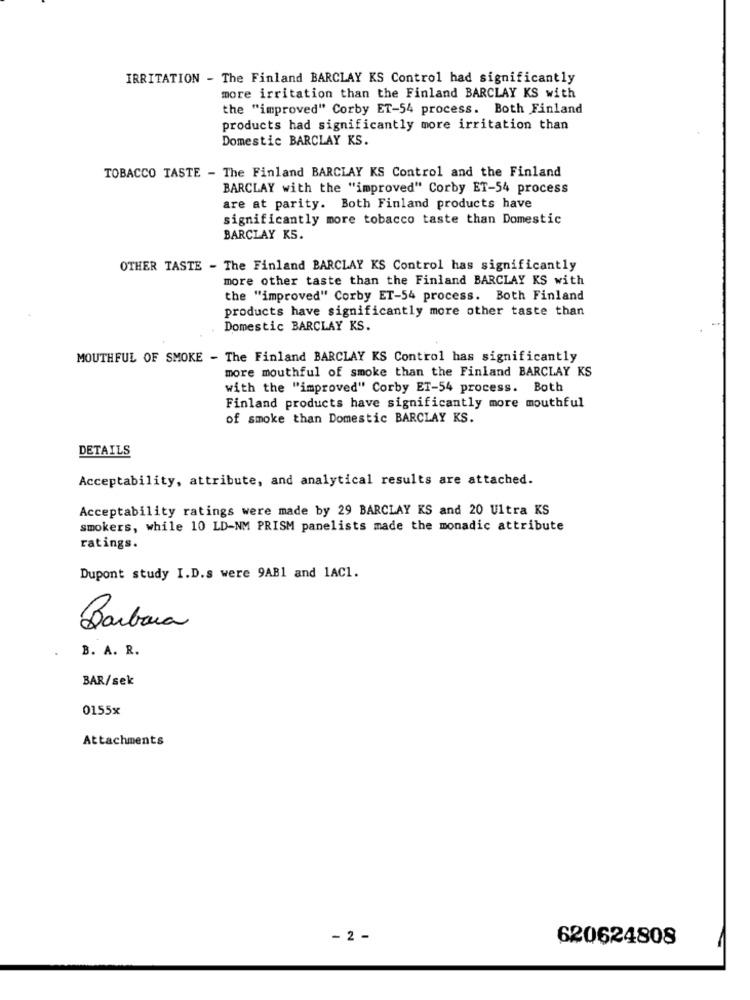
IRRITATION - The Finland BARCLAY KS Control had significantly
more irritation than the Finland BARCLAY KS with
the "improved" Corby ET-54 process. Both Finland
products had significantly more irritation than
Domestic BARCLAY KS.
TOBACCO TASTE - The Finland BARCLAY KS Control and the Finland
BARCLAY with the "improved" Corby ET-54 process
are at parity. Both Finland products have
significantly more tobacco taste than Domestic
BARCLAY KS.
OTHER TASTE - The Finland BARCLAY KS Control has significantly
more other taste than the Finland BARCLAY KS with
the "improved" Corby ET-54 process. Both Finland
products have significantly more other taste than
Domestic BARCLAY KS.
MOUTHFUL OF SMOKE - The Finland BARCLAY KS Control has significantly
more mouthful of smoke than the Finland BARCLAY KS
with the "improved" Corby ET-54 process. Both
Finland products have significantly more mouthful
of smoke than Domestic BARCLAY KS.
DETAILS
Acceptability, attribute, and analytical results are attached.
Acceptability ratings were made by 29 BARCLAY KS and 20 Ultra KS
smokers, while 10 LD-NM PRISM panelists made the monadic attribute
ratings.
Dupont study I.D.s were 9AB1 and 1AC1.
Barbara
B. A. R.
BAR/sek
0155x
Attachments
- 2 -
620624808